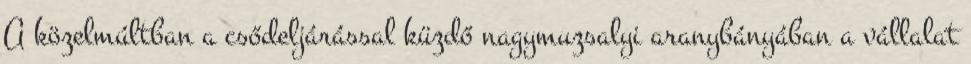
A közelmúltban a csődeljárással küzdő nagymuzsalyi aranybányában a vállalat